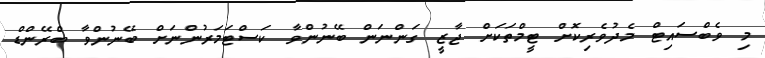
މި ވެބްސައިޓް މެދުވެރިކޮށް ޓީމްތަކަށް ޖާޒީ ގަންނަން ބޭނުންވާ ކަސްޓަމަރުންނަށް ބޭނުންވާ ބްރޭންޑް